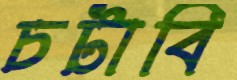
চটাবি